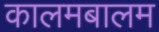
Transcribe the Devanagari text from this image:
कालमबालम